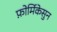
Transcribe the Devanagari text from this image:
फ़ोर्मिकेसुन